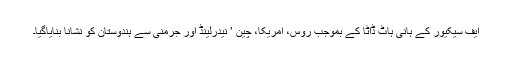
ایف سیکیور کے ہانی ہاٹ ڈاٹا کے بموجب روس، امریکا، چین ’ نیدرلینڈ اور جرمنی سے ہندوستان کو نشانا بنایاگیا۔